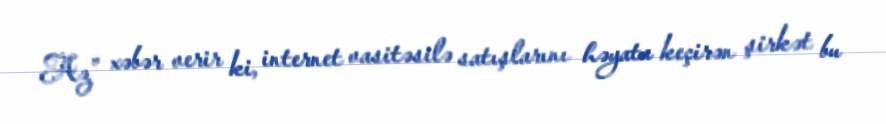
Az” xəbər verir ki, internet vasitəsilə satışlarını həyata keçirən şirkət bu